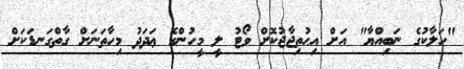
"ހަލާކުގެ ނަބިއްޔާ" އަށް އިޙުތިޖާޖުކޮށް ވޯޓު ލީ މީހުންގެ ޢަދަދު މިހާތަނަށް ގާތްގަނޑަކަށް